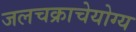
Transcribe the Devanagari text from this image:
जलचक्राचेयोग्य